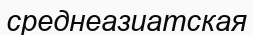
среднеазиатская